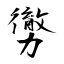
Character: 勶